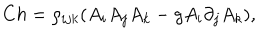
LaTeX: C h = \rho _ { i j k } ( A _ { i } A _ { j } A _ { k } - g A _ { i } \partial _ { j } A _ { k } ) ,